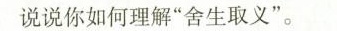
说说你如何理解”舍生取义”。